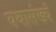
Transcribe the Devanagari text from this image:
यथासंख्यं